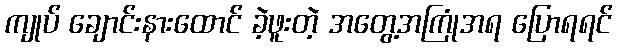
ကျုပ် ချောင်းနားထောင် ခဲ့ဖူးတဲ့ အတွေ့အကြုံအရ ပြောရရင်